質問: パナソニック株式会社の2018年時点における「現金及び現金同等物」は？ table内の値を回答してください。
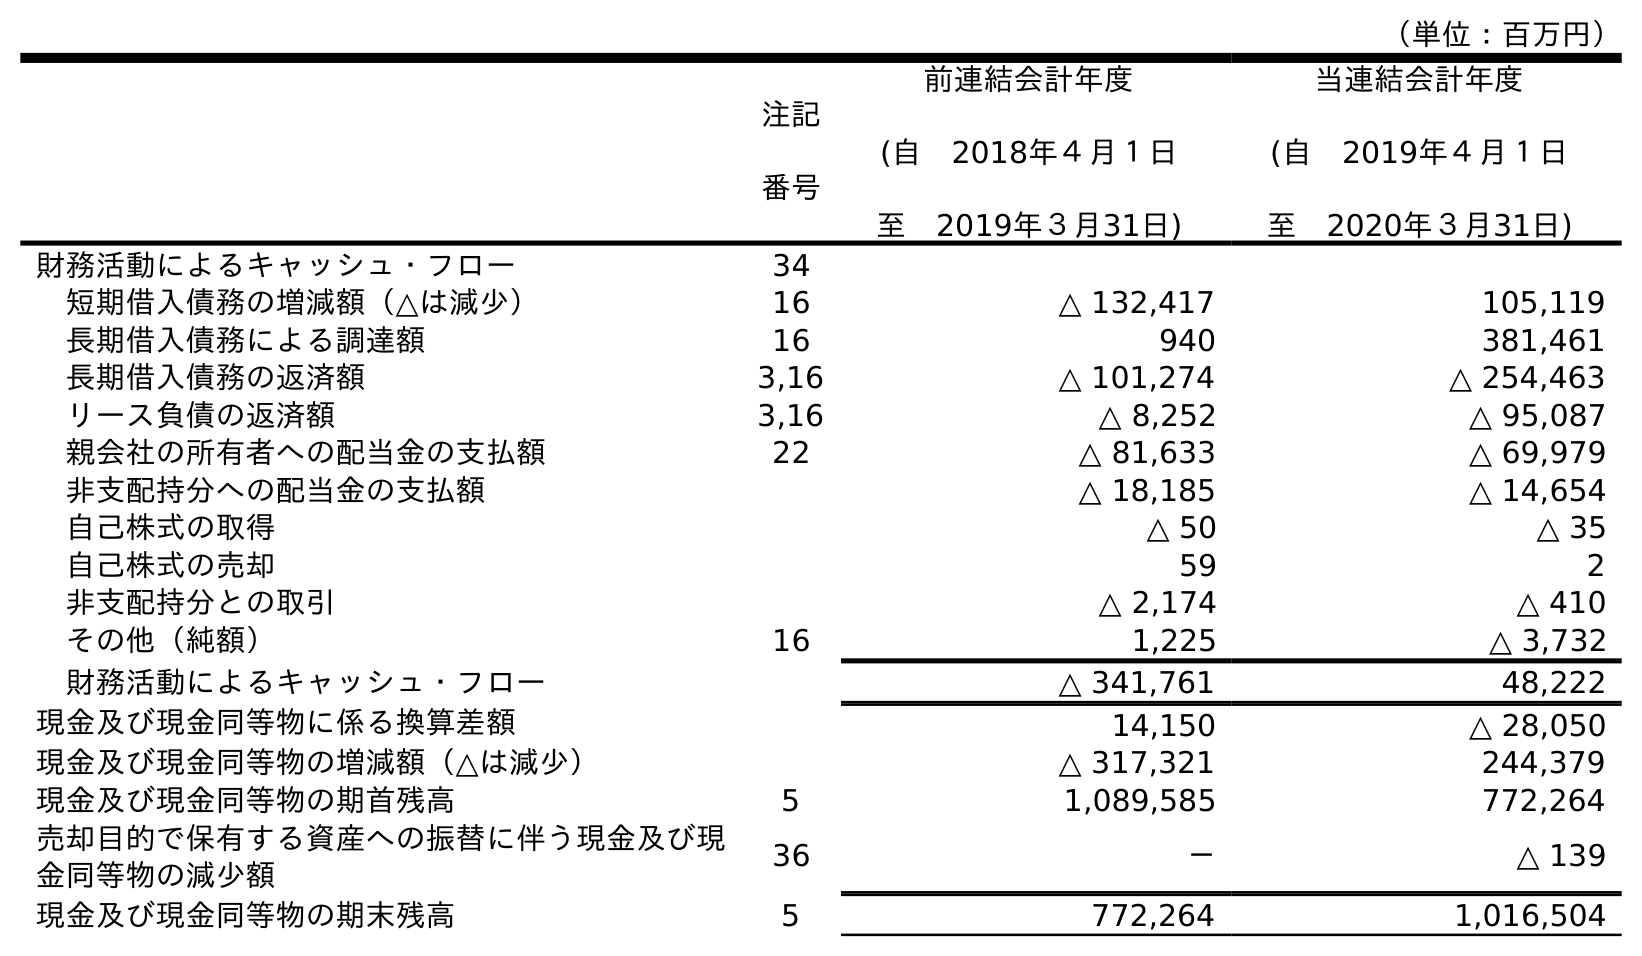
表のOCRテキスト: （単位：百万円） 注記 番号 前連結会計年度 (自 2018年４月１日 至 2019年３月31日) 当連結会計年度 (自 2019年４月１日 至 2020年３月31日) 財務活動によるキャッシュ・フロー 34 短期借入債務の増減額（△は減少） 16 △ 132,417 105,119 長期借入債務による調達額 16 940 381,461 長期借入債務の返済額 3,16 △ 101,274 △ 254,463 リース負債の返済額 3,16 △ 8,252 △ 95,087 親会社の所有者への配当金の支払額 22 △ 81,633 △ 69,979 非支配持分への配当金の支払額 △ 18,185 △ 14,654 自己株式の取得 △ 50 △ 35 自己株式の売却 59 2 非支配持分との取引 △ 2,174 △ 410 その他（純額） 16 1,225 △ 3,732 財務活動によるキャッシュ・フロー △ 341,761 48,222 現金及び現金同等物に係る換算差額 14,150 △ 28,050 現金及び現金同等物の増減額（△は減少） △ 317,321 244,379 現金及び現金同等物の期首残高 5 1,089,585 772,264 売却目的で保有する資産への振替に伴う現金及び現 金同等物の減少額 36 － △ 139 現金及び現金同等物の期末残高 5 772,264 1,016,504
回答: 1,089,585